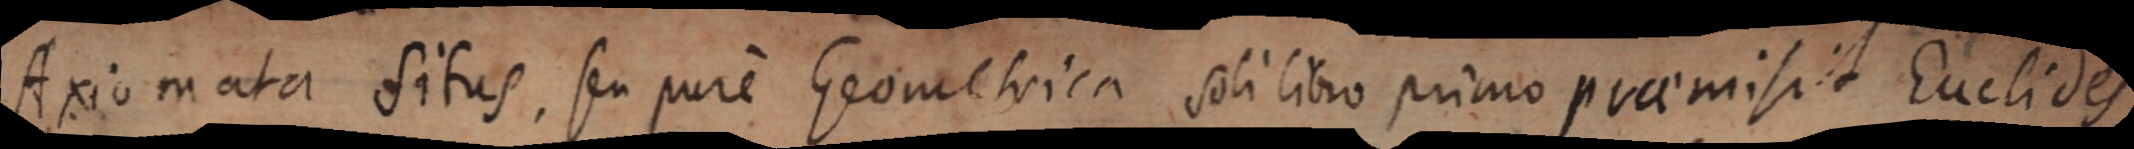
Axiomata situs, seu purem Geometrica soli libro primo praemisit Euclides